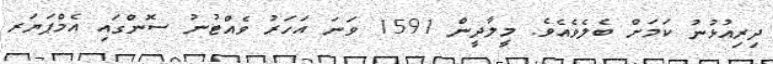
ދިރިއުޅުނު ކަމަށް ބެލެވެއެވެ. މީލާދީން 1591 ވަނަ އަހަރު ވެއްޓުނު ސޮންގައި އެމްޕަޔަރ